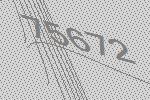
75672